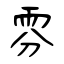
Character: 雰